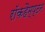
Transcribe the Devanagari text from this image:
रॉकहैम्प्टन